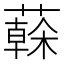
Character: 𦾮